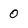
Character: 0